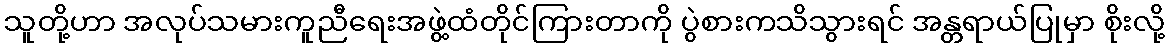
သူတို့ဟာ အလုပ်သမားကူညီရေးအဖွဲ့ထံတိုင်ကြားတာကို ပွဲစားကသိသွားရင် အန္တရာယ်ပြုမှာ စိုးလို့